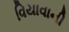
વિયાવાની